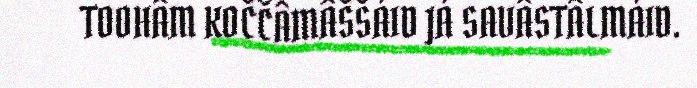
TOOHÂM KOČČÂMÂŠŠÁID JÁ SAVÂSTÂLMÁID.